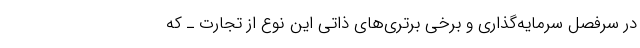
در سرفصل سرمایه‌گذاری و برخی برتری‌های ذاتی این نوع از تجارت ـ که